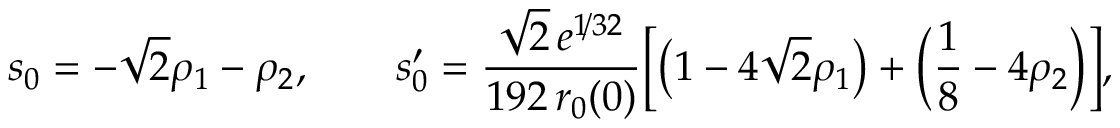
\begin{array} { c c c } { \displaystyle { s _ { 0 } = - \sqrt { 2 } \rho _ { 1 } - \rho _ { 2 } , \qquad s _ { 0 } ^ { \prime } = \frac { \sqrt { 2 } \, e ^ { 1 \! / 3 2 } } { 1 9 2 \, r _ { 0 } ( 0 ) } \Big [ \big ( 1 - 4 \sqrt { 2 } \rho _ { 1 } \big ) + \Big ( \frac { 1 } { 8 } - 4 \rho _ { 2 } \Big ) \Big ] , } } \end{array}